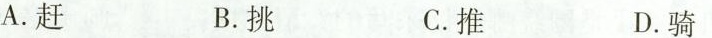
A.赶 B.挑 C.推 D.骑